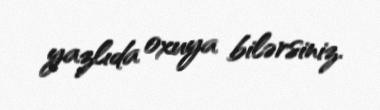
yazlıda oxuya bilərsiniz.